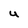
Character: U